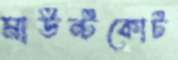
মাউন্টকোর্ট